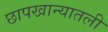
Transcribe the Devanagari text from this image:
छापखान्यातली